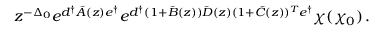
z ^ { - \Delta _ { 0 } } e ^ { d ^ { \dagger } \bar { A } ( z ) e ^ { \dagger } } e ^ { d ^ { \dagger } ( 1 + \bar { B } ( z ) ) \bar { D } ( z ) ( 1 + \bar { C } ( z ) ) ^ { T } e ^ { \dagger } } \chi ( \chi _ { 0 } ) \, .